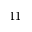
1 1